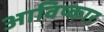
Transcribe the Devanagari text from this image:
आविष्‍कार